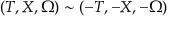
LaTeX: ( T , X , \Omega ) \sim ( - T , - X , - \Omega )